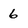
Character: 6